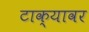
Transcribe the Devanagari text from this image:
टाक्यावर